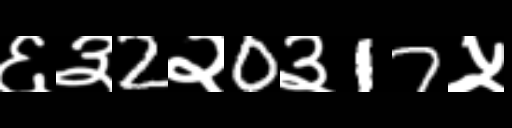
Text: ६३2२0३17५